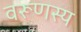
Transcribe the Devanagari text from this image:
वरूणस्य